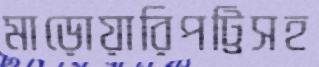
মাড়োয়ারিপট্টিসহ